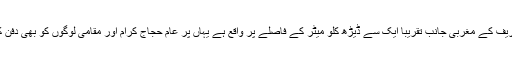
یہ قبرستان بیت اللہ شریف کے مغربی جانب تقریبا ایک سے ڈیڑھ کلو میٹر کے فاصلے پر واقع ہے یہاں پر عام حجاج کرام اور مقامی لوگوں کو بھی دفن کرنے کی اجازت ہے۔